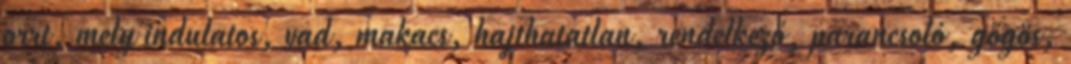
orrt, mely indulatos, vad, makacs, hajthatatlan, rendelkező, parancsoló, gőgös,